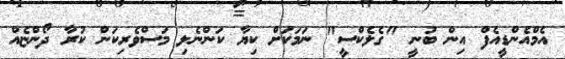
އެމްއެންޑީއެފް އިން ބުނީ "ގެލެކްސީ" ނަމަކަށް ކިޔާ ކަންނެލި މަސްވެރިކަން ކުރާ ދޯންޏެއް